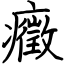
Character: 癥